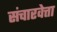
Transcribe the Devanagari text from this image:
संचारवेत्ता